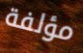
مؤلفة